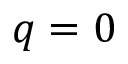
q = 0